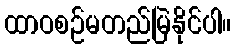
ထာဝစဉ်မတည်မြဲနိုင်ပါ။